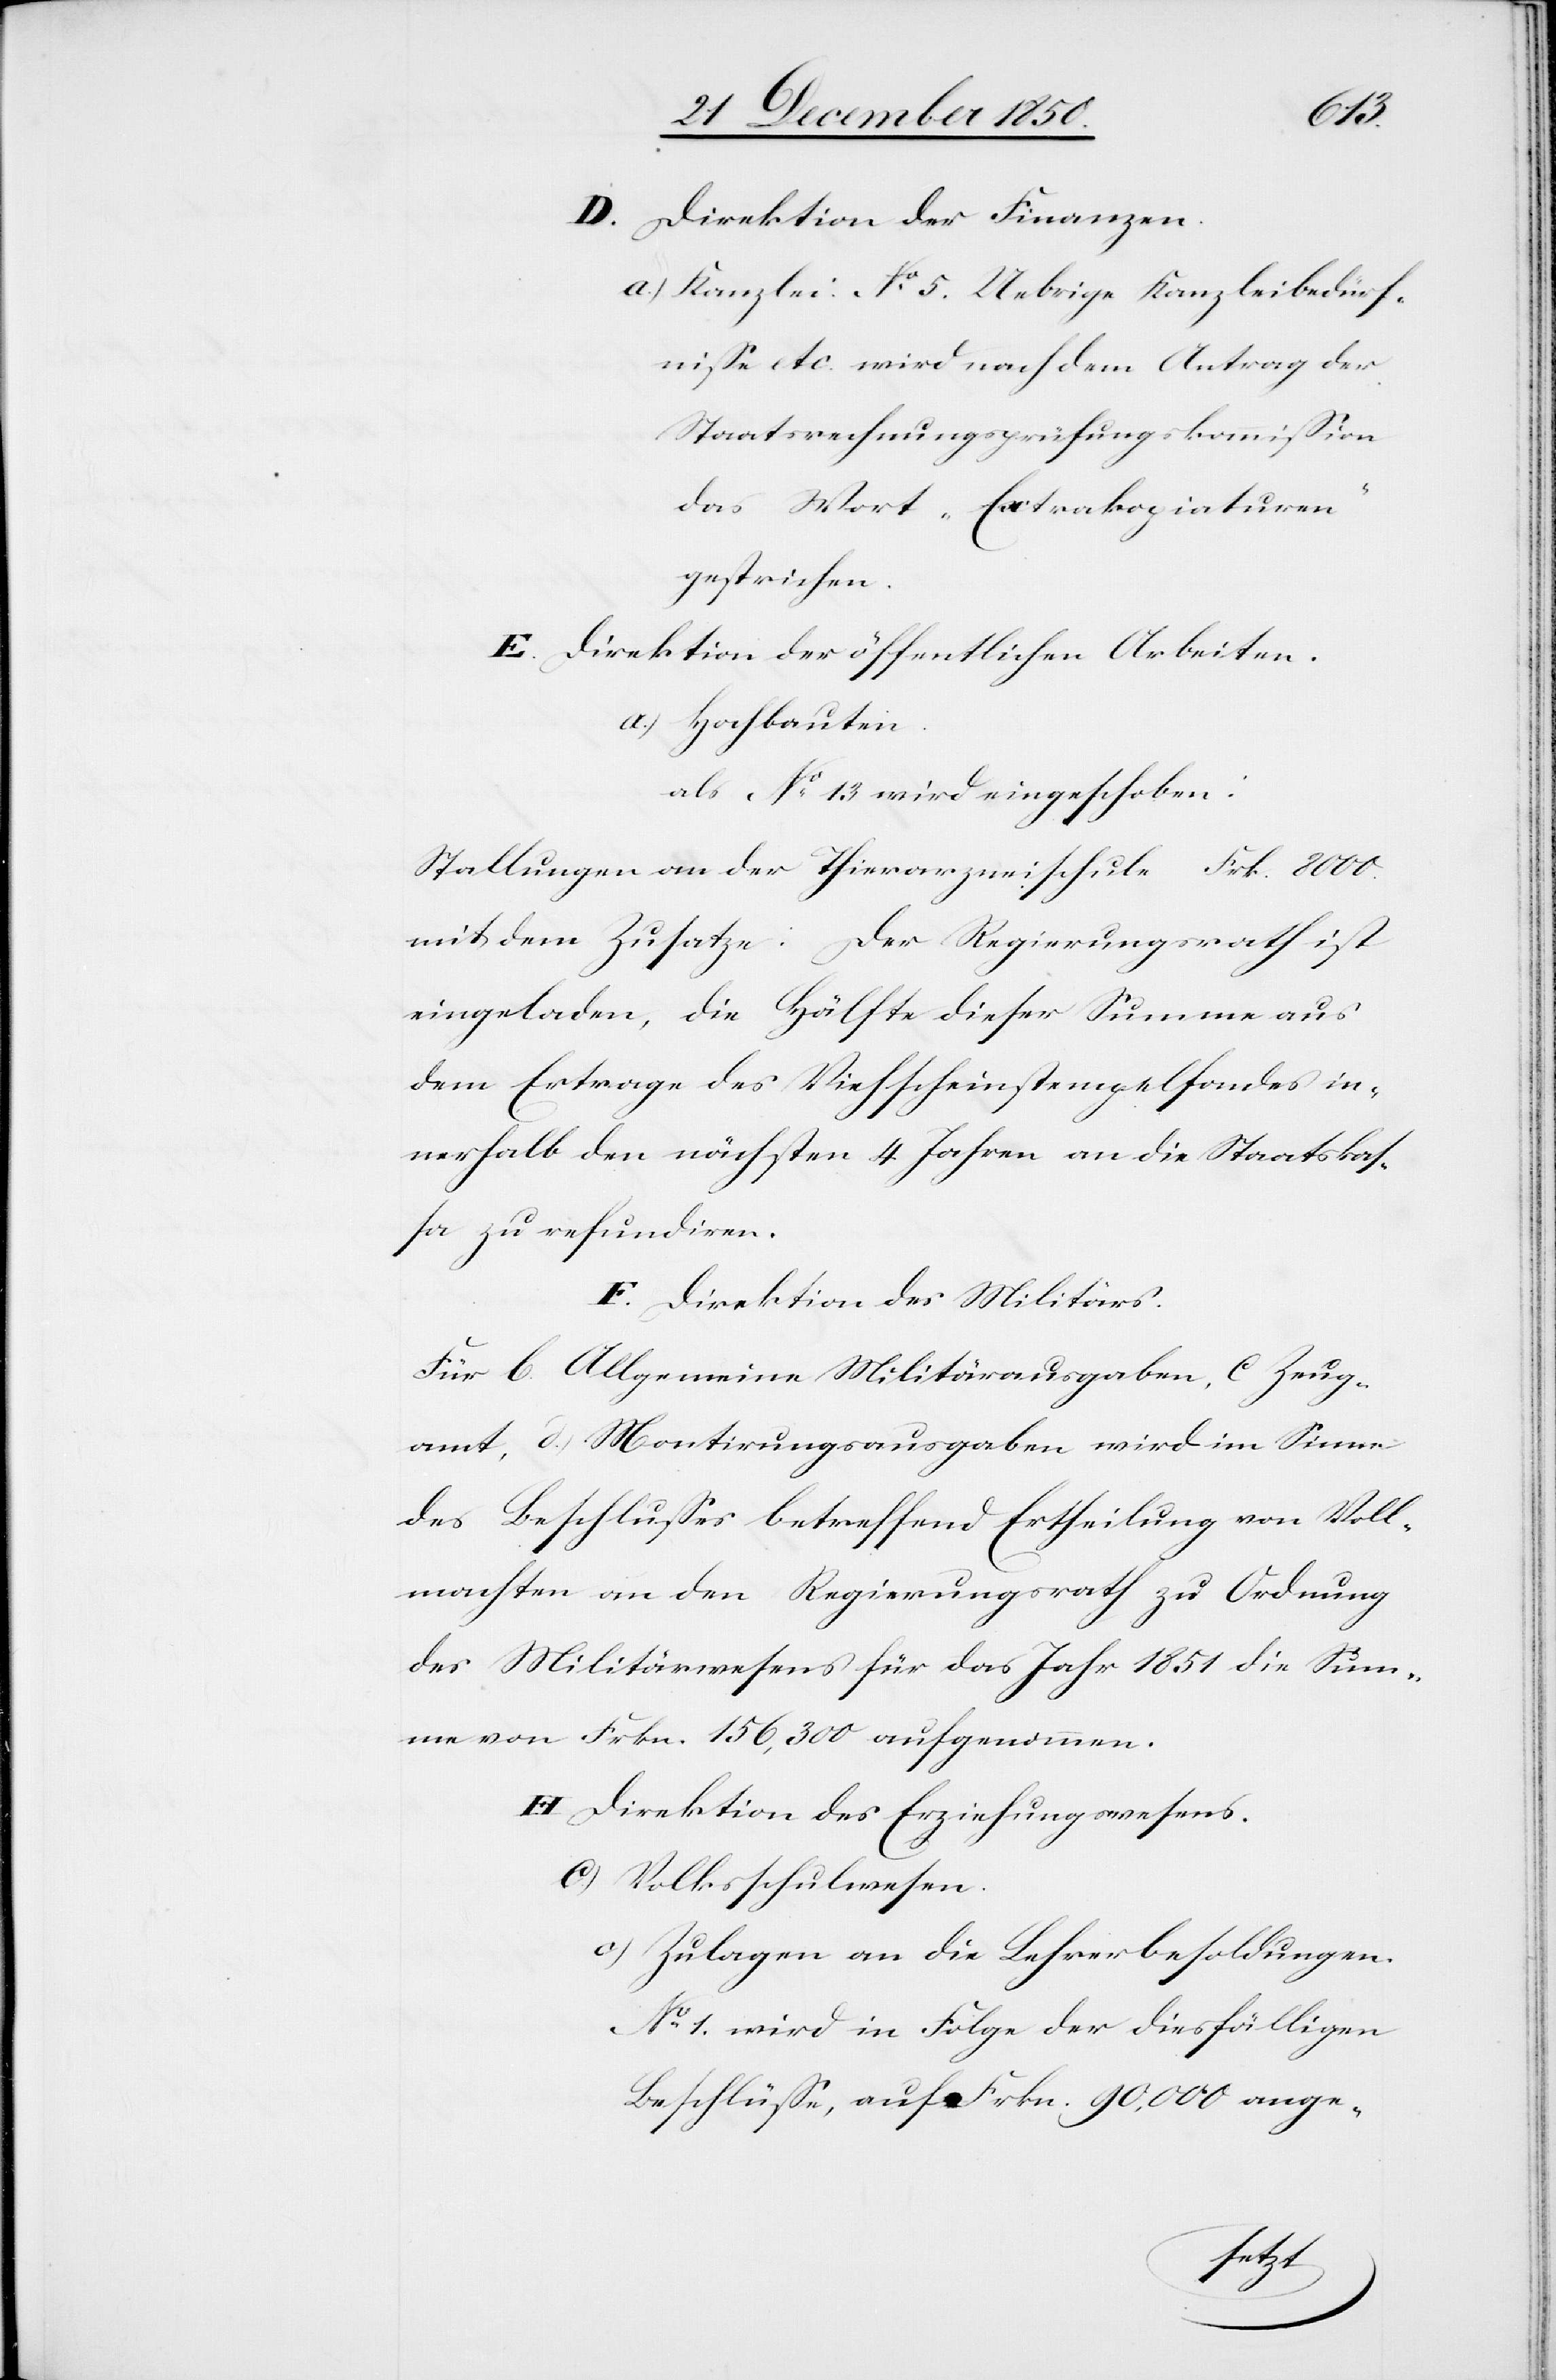
D. Direktion der Finanzen.
a.) Kanzlei. No 5. Uebrige Kanzleibedürf¬
nisse etc. wird nach dem Antrag der
Staatsrechnungsprüfungskommission
das Wort „Extrakopiaturen“
gestrichen.
E. Direktion der öffentlichen Arbeiten.
a.) Hochbauten.
als No 13 wird eingeschoben:
Stellungen an der Thierarzneischule	Frk. 8000.
mit dem Zusatze: Der Regierungsrath ist
eingeladen, die Hälfte dieser Summe aus
dem Ertrage des Viehscheinstempelfondes in¬
nerhalb den nächsten 4 Jahren an die Staatskas¬
sa zu refundiren.
F. Direktion des Militärs.
Für 6. Allgemeine Militärausgaben, C. Zeug¬
amt, d.) Montirungsausgaben wird im Sinne
des Beschlusses betreffend Ertheilung von Voll¬
machten an den Regierungsrath zu Ordnung
des Militärwesens für das Jahr 1851 die Sum¬
me von Frkn. 156,300 aufgenommen.
H Direktion des Erziehungswesens.
C.) Volksschulwesen.
c) Zulagen an die Lehrerbesoldungen.
No 1. wird in Folge der diesfälligen
Beschlüsse, auf Frkn. 90,000 ange-